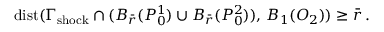
\mathrm { d i s t } ( \Gamma _ { \mathrm { s h o c k } } \cap ( B _ { \bar { r } } ( P _ { 0 } ^ { 1 } ) \cup B _ { \bar { r } } ( P _ { 0 } ^ { 2 } ) ) , \, B _ { 1 } ( O _ { 2 } ) ) \geq \bar { r } \, .